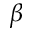
\beta